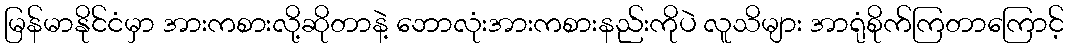
မြန်မာနိုင်ငံမှာ အားကစားလို့ဆိုတာနဲ့ ဘောလုံးအားကစားနည်းကိုပဲ လူသိများ အာရုံစိုက်ကြတာကြောင့်